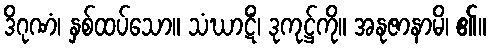
ဒိဂုဏံ၊ နှစ်ထပ်သော။ သံဃာဋိံ၊ ဒုကုဋ္ဌ်ကို။ အနုဇာနာမိ၊ ၏။